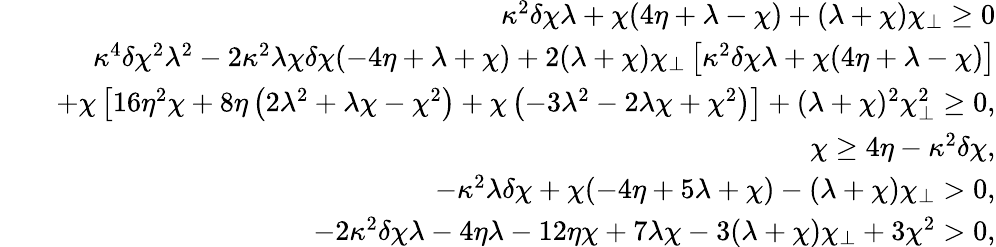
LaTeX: \begin{array}{rlr}&{}&{\kappa^{2}\delta\chi\lambda+\chi(4\eta+\lambda-\chi)+(\lambda+\chi)\chi_{\perp}\ge 0}\\ &{}&{\kappa^{4}\delta\chi^{2}\lambda^{2}-2\kappa^{2}\lambda\chi\delta\chi(-4\eta+\lambda+\chi)+2(\lambda+\chi)\chi_{\perp}\left[\kappa^{2}\delta\chi\lambda+\chi(4\eta+\lambda-\chi)\right]}\\ &{}&{+\chi\left[16\eta^{2}\chi+8\eta\left(2\lambda^{2}+\lambda\chi-\chi^{2}\right)+\chi\left(-3\lambda^{2}-2\lambda\chi+\chi^{2}\right)\right]+(\lambda+\chi)^{2}\chi_{\perp}^{2}\ge 0,}\\ &{}&{\chi\ge 4\eta-\kappa^{2}\delta\chi,}\\ &{}&{-\kappa^{2}\lambda\delta\chi+\chi(-4\eta+5\lambda+\chi)-(\lambda+\chi)\chi_{\perp}>0,}\\ &{}&{-2\kappa^{2}\delta\chi\lambda-4\eta\lambda-12\eta\chi+7\lambda\chi-3(\lambda+\chi)\chi_{\perp}+3\chi^{2}>0,}\end{array}